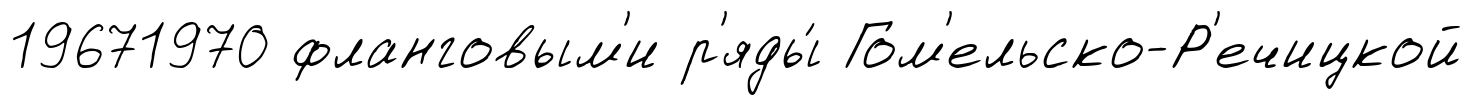
19671970 фланговым'и р'яды́ Гом'ельско-Р'ечицкой